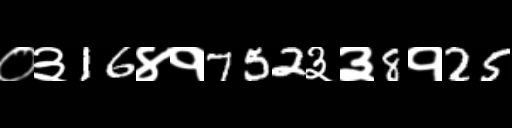
Text: ०३16४१752३३8१25